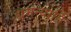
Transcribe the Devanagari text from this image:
धमन्यार्ति